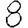
Digit: 8